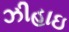
ઝીહાઇ